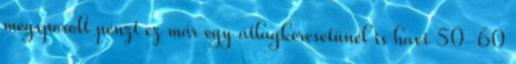
megsporolt pénzt ez már egy átlagkeresetünél is havi 50-60